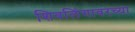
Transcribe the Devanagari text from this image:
शिवलिंगावरच्या